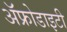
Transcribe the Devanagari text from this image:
ॲफ्रोडाइटी